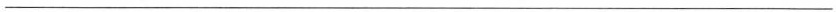
——————